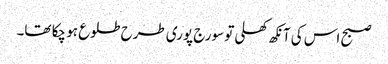
صبح اس کی آنکھ کھلی تو سورج پوری طرح طلوع ہو چکا تھا۔